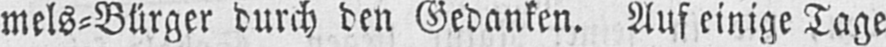
mels⸗Bürger durch den Gedanken. Auf einige Tage